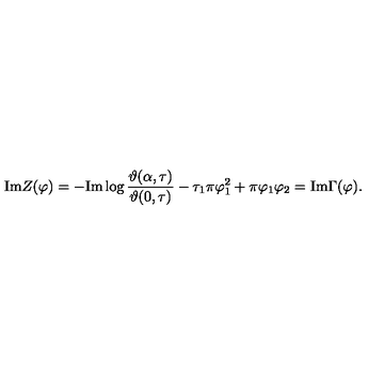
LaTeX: \mathrm { I m } Z ( \varphi ) = - \mathrm { I m } \log \frac { \vartheta ( \alpha , \tau ) } { \vartheta ( 0 , \tau ) } - \tau _ { 1 } \pi \varphi _ { 1 } ^ { 2 } + \pi \varphi _ { 1 } \varphi _ { 2 } = \mathrm { I m } \Gamma ( \varphi ) .